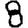
Digit: 8